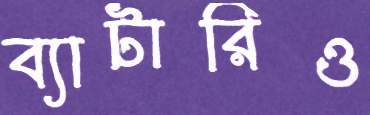
ব্যাটারিও